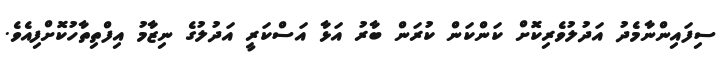
ސިފައިންނާމެދު އަދުލުވެރިކޮށް ކަންކަން ކުރަން ބާރު އަޅާ އަސްކަރީ އަދުލުގެ ނިޒާމު އިފްތިތާހުކޮށްފިއެވެ.